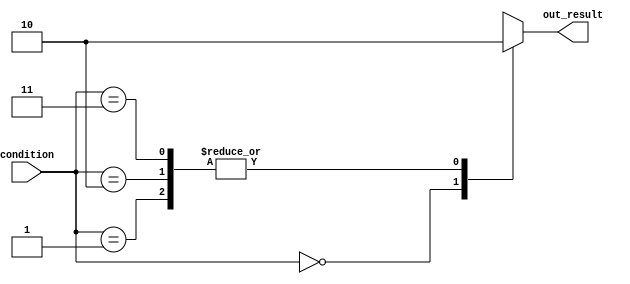
module unique_case_statement(
    input [1:0] condition,
    output reg out_result
);

always @* begin
    case(condition)
        2'b00 : out_result = 1;
        2'b01 : out_result = 0;
        2'b10 : out_result = 0;
        2'b11 : out_result = 0;
        default: out_result = 0;
    endcase
end

endmodule